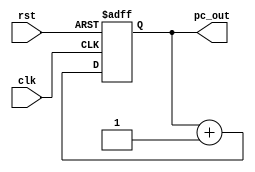
module pc(
	input clk,
	input rst,
	output [9:0] pc_out
);
	
	reg [9:0]reg_pc;

	always@(posedge clk or posedge rst) begin 
		if(rst)
			reg_pc <= 0; 	
		else
			reg_pc <= reg_pc + 1'b1; 
	end

	assign pc_out = reg_pc;

endmodule